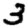
Digit: 3